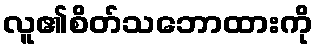
လူ၏စိတ်သဘောထားကို